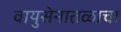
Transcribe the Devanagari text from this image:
वायुसेनातळाचा